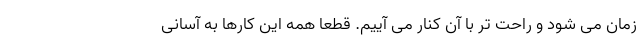
زمان می شود و راحت تر با آن کنار می آییم. قطعاً همه این کارها به آسانی